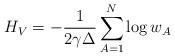
LaTeX: \begin{align*}H_{V} = - \frac{1}{2\gamma \Delta} \sum_{A=1}^{N} \log w_{A}\end{align*}